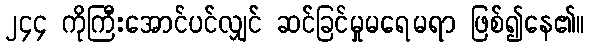
၂၄၄ ကိုကြီးအောင်ပင်လျှင် ဆင်ခြင်မှုမရေမရာ ဖြစ်၍နေ၏။